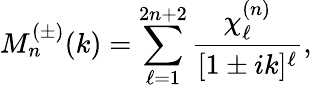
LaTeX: M_{n}^{(\pm)}(k)=\sum_{\ell=1}^{2n+2}\frac{\chi_{\ell}^{(n)}}{[1\pm ik]^{\ell}},